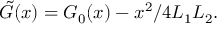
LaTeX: \tilde { G } ( x ) = G _ { 0 } ( x ) - x ^ { 2 } / 4 L _ { 1 } L _ { 2 } .